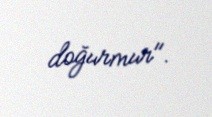
doğurmur".